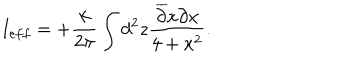
I _ { e f f } = + \frac { k } { 2 \pi } \int d ^ { 2 } z \frac { \overline { { { \partial } } } x \partial x } { 4 + x ^ { 2 } } .